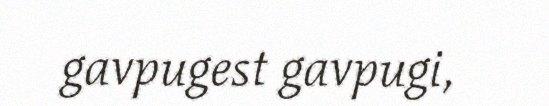
gavpugest gavpugi,